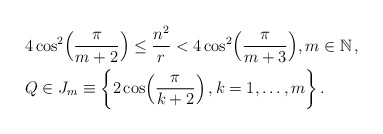
\begin{align*} {}& 4\cos^2 \Bigl(\frac{\pi}{m+2}\Bigr) \leq \frac{n^2}{r} < 4\cos^2\Bigl(\frac{\pi}{m+3} \Bigr) , m \in {\mathbb N} \,, \\ {}& Q \in J_m \equiv \left\{ 2 \cos \Bigl(\frac{\pi}{k+2} \Bigr)\,, k=1,\ldots,m \right\} .\end{align*}